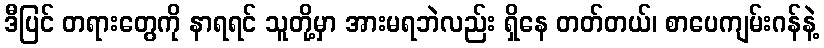
ဒီပြင် တရားတွေကို နာရရင် သူတို့မှာ အားမရဘဲလည်း ရှိနေ တတ်တယ်၊ စာပေကျမ်းဂန်နဲ့